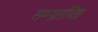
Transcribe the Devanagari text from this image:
सम्प्राप्ति।